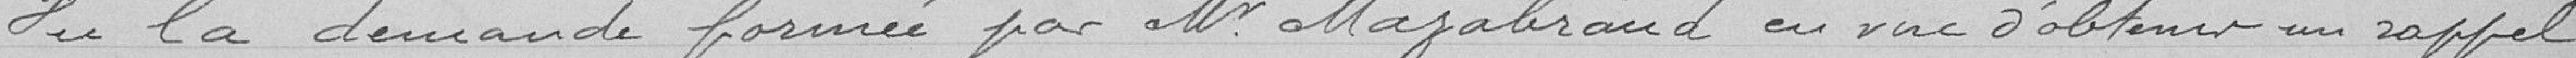
Vu la demande formée par Monsieur Mazabrand en vue d'obtenir un rappel